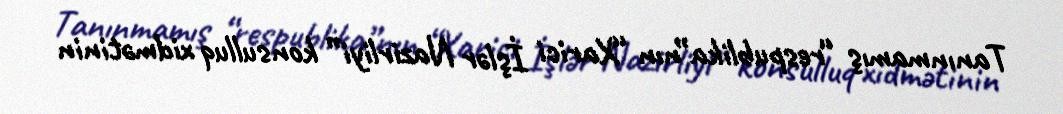
Tanınmamış “respublika”nın “Xarici İşlər Nazirliyi” konsulluq xidmətinin